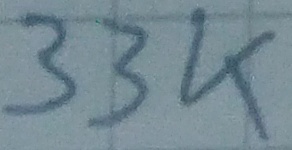
Text: 33K